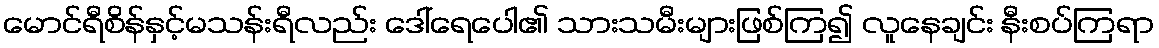
မောင်ရီစိန်နှင့်မသန်းရီလည်း ဒေါ်ရေပေါ၏ သားသမီးများဖြစ်ကြ၍ လူနေချင်း နီးစပ်ကြရာ